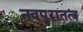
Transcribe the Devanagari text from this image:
नवपुरातत्व